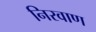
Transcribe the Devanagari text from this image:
निरवाण